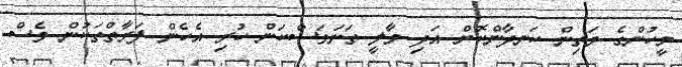
މީހުންގެ މަތިން ހަނދާންކޮށް އަދި މާލީ ތަނަވަސްކަން ހުރި އެހެން ފަރާތްތަކުން ވެސް